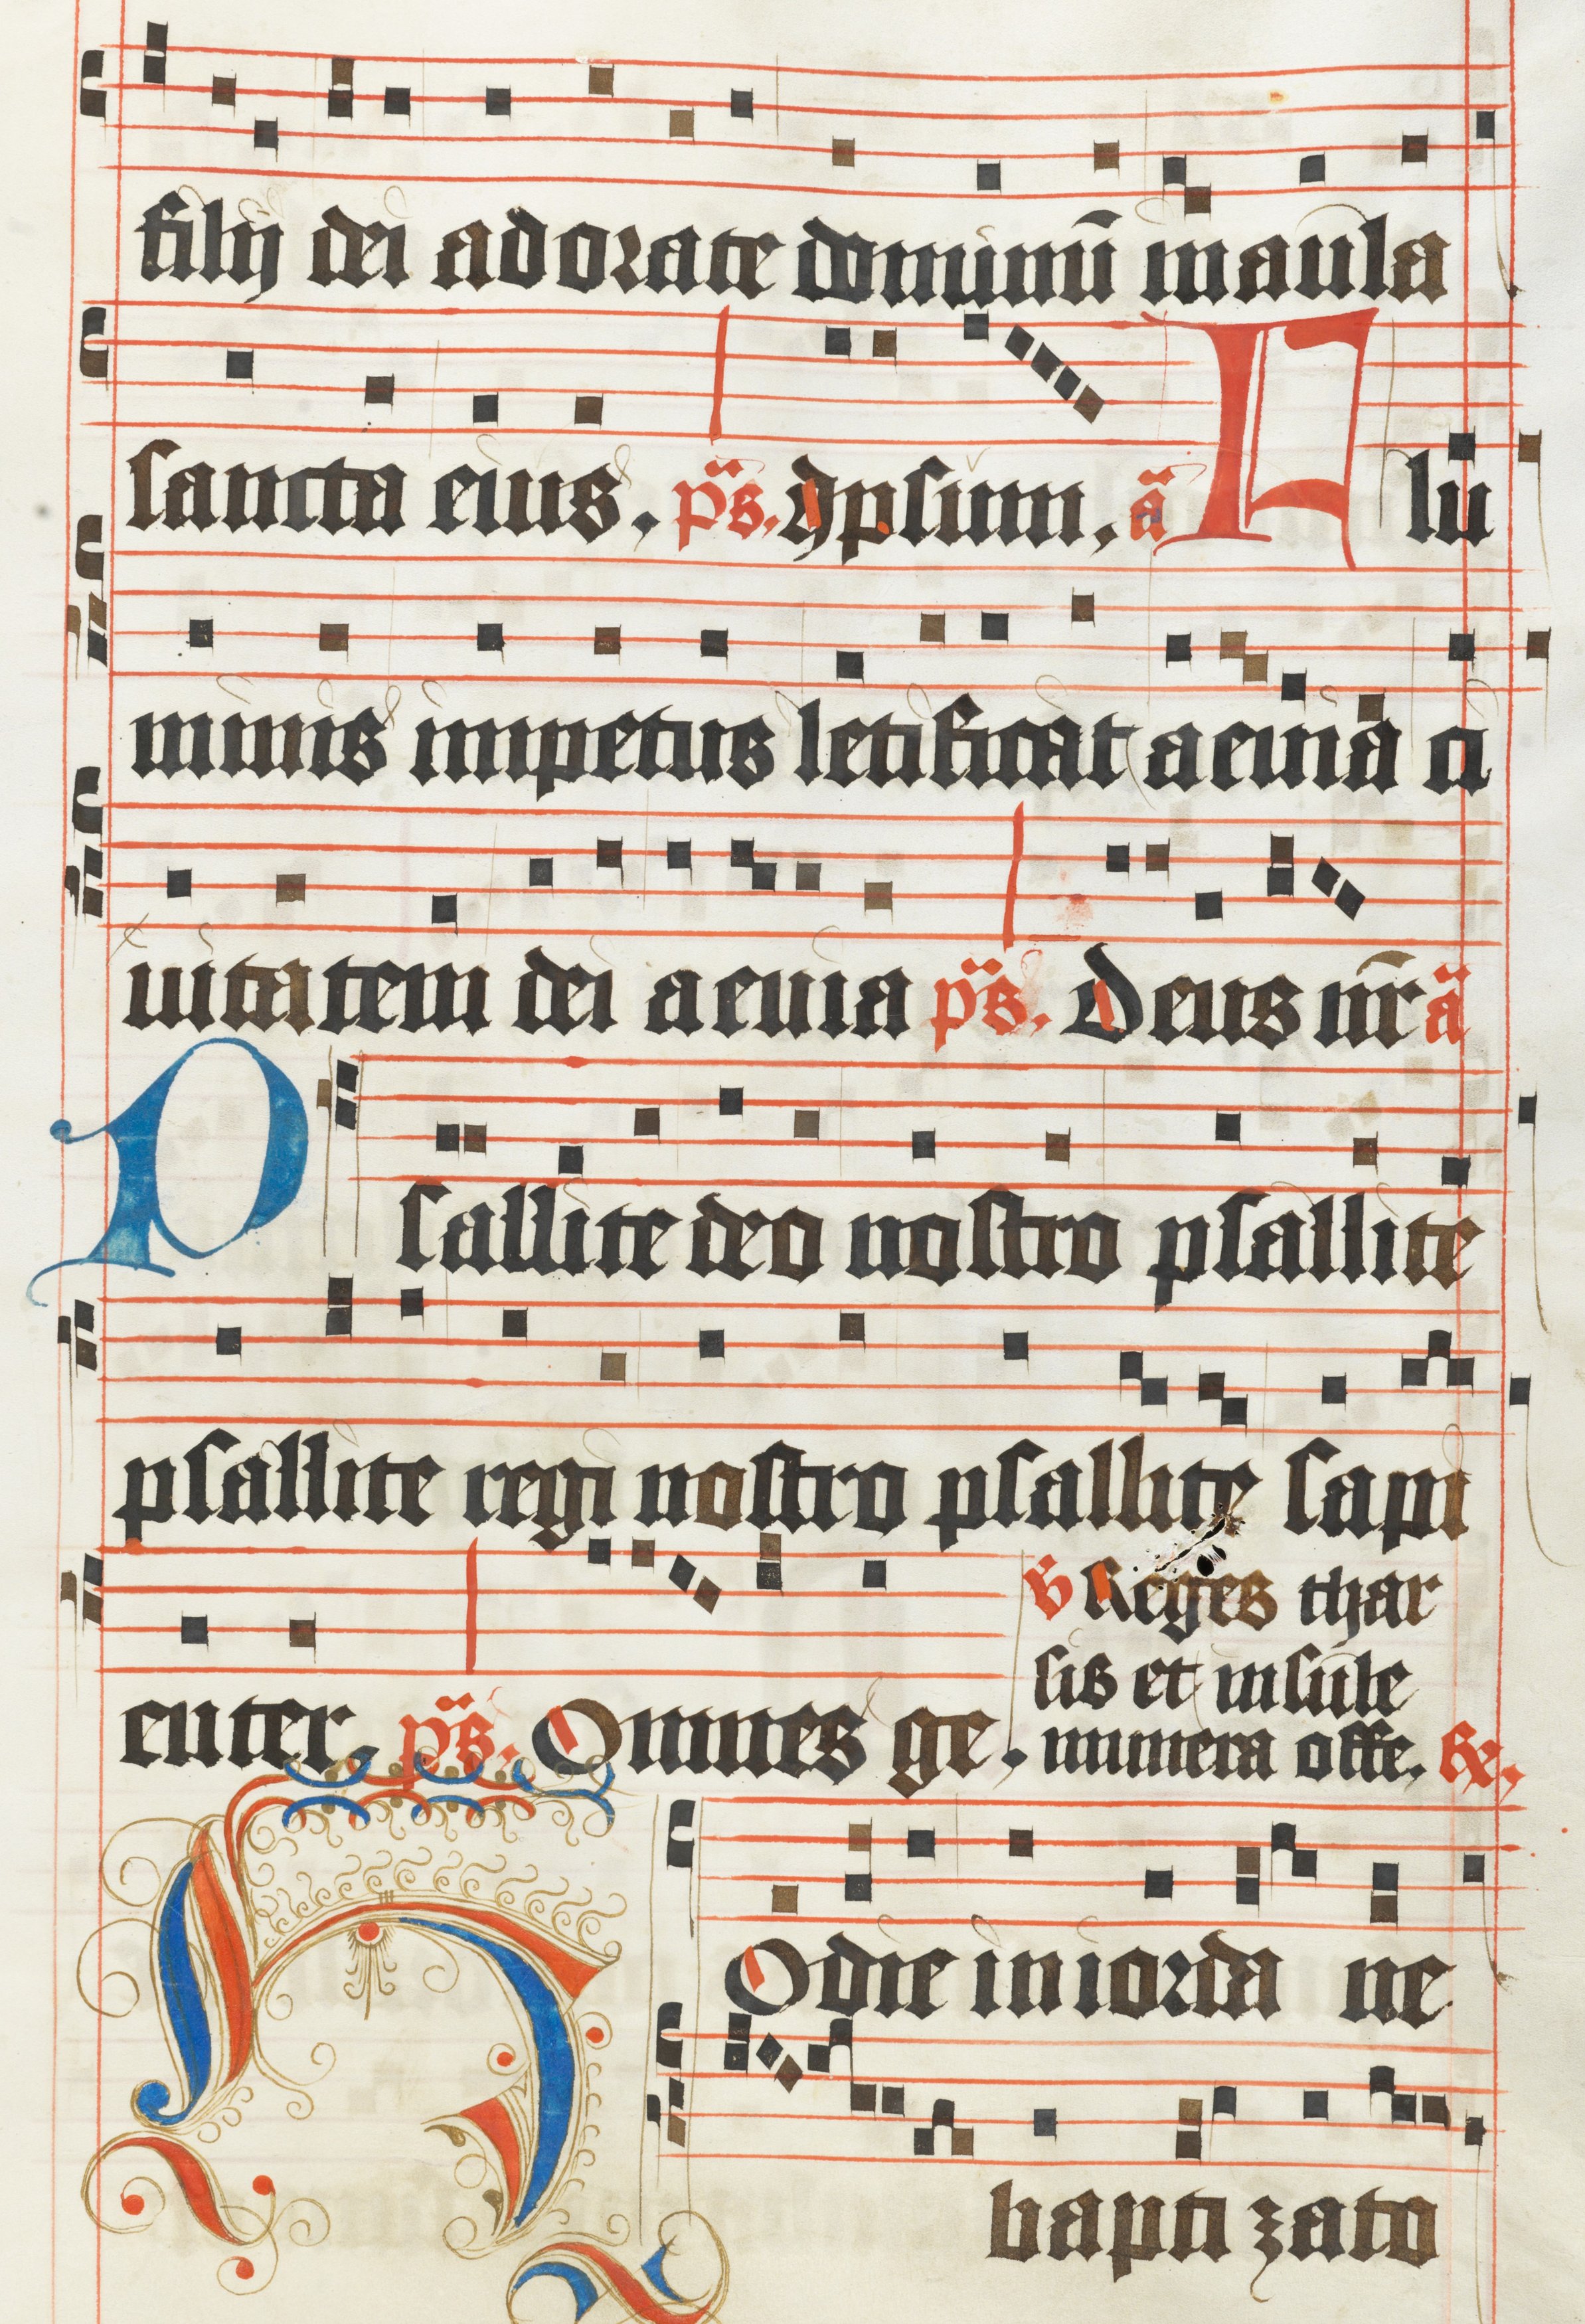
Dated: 1450–1499